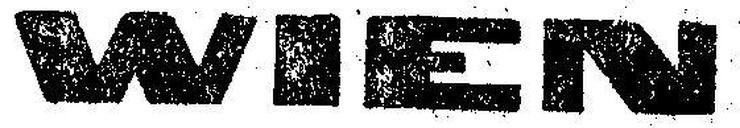
WIEN